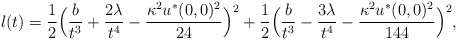
\begin{align*} l(t) = \frac 12\Bigl(\frac{b}{t^3}+\frac{2\lambda}{t^4} - \frac{\kappa^2u^*(0, 0)^2}{24}\Bigr)^2 + \frac 12\Bigl(\frac{b}{t^3}-\frac{3\lambda}{t^4} - \frac{\kappa^2u^*(0, 0)^2}{144}\Bigr)^2,\end{align*}